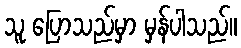
သူ ပြောသည်မှာ မှန်ပါသည်။